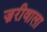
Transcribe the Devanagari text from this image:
ज़रीवाला